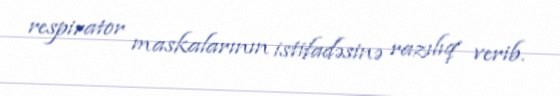
respirator maskalarının istifadəsinə razılıq verib.